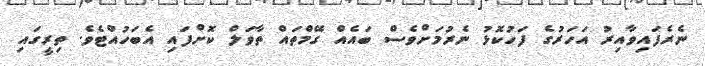
ނެރެފައިވާއިރު އަހަރުގެ ފަހުކޮޅު ނެރުމަށްވެސް ބައެއް ގޭމްތައް ތާވަލް ކޮށްފައި އެބަހުއްޓެވެ. ތިރީގައި